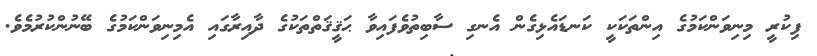
ފިކުރީ މިނިވަންކަމުގެ އިންތަކަކީ ކަނޑައެޅިގެން އެނގި ސާބިތުވެފައިވާ ޙަޤީޤަތްތަކުގެ ދާއިރާގައި އެމިނިވަންކަމުގެ ބޭނުންކުރުމެވެ.